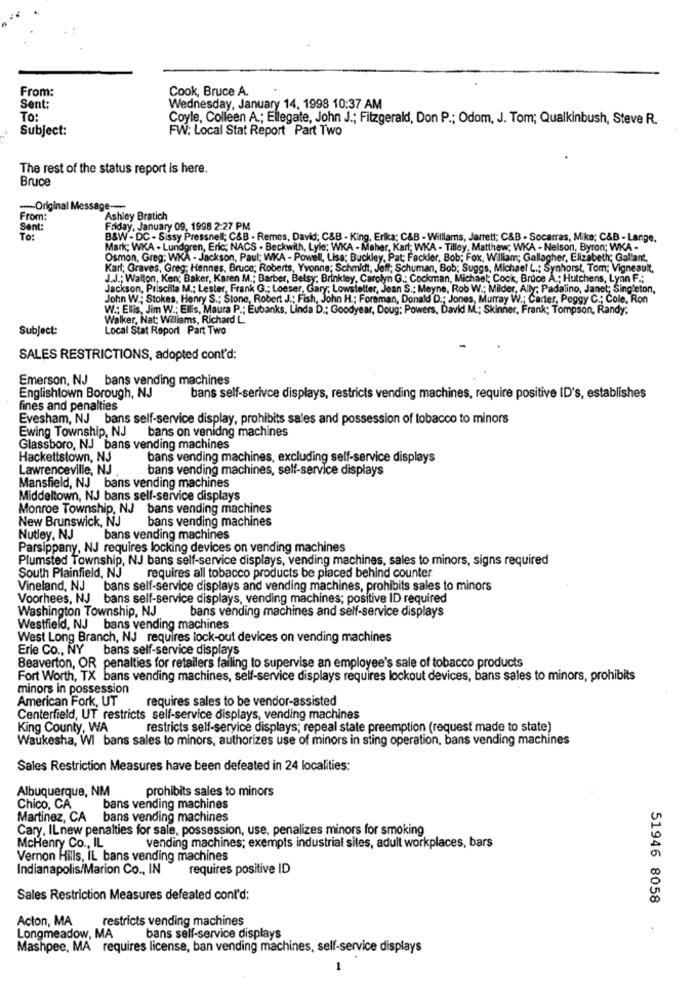
From:
Cook, Bruce A.
Sent:
Wednesday, January 14, 1998 10:37 AM
To
Coyle, Colleen A .; Ellegate, John J .; Fitzgerald, Don P .; Odom, J. Tom; Qualkinbush, Steve R.
Subject:
FW: Local Stat Report Part Two
The rest of the status report is here.
Bruce
-- Original Message ---
From:
Ashley Bratich
Sent:
Friday, January 09, 1998 2:27 PM
To:
B&W - DC - Sissy Pressnel; C&B - Remes, David; C&B . King, Erika; C&B - Williams, Jarrett; C&B - Socarras, Mike; C&B - Lange.
Mark; WKA . Lundgren, Eric; NACS - Beckwith, Lyle; WKA - Maher, Karl; WKA - Tilley, Matthew; WKA - Nelson, Byron; WKA -
Osmon, Greg: WKA - Jackson, Paul; WKA - Powell, Lisa; Buckley, Pat: Fackler, Bob; Fox, William; Gallagher, Elizabeth; Gallant,
Karl; Graves, Greg; Hennes, Bruce; Roberts, Yvonne; Schmidt, Jeff; Schuman, Bob; Suggs, Michael L .; Synhorst, Tom; Vigneault,
J.J .; Walton, Ken; Baker, Karen M .; Barber, Belsy; Brinkley, Carolyn G .: Cockman, Michael; Cook, Bruce A .; Hutchens, Lynn F .;
Jackson, Priscilla M .; Lester, Frank G .; Loeser, Gary; Lowsfelter, Jean S .; Meyne, Rob W .: Milder, Ally; Padalino, Janet; Singleton,
John W .; Stokes, Henry S .; Stone, Robert J .: Fish, John H .; Foraman, Donald D .; Jones, Murray W .; Carter, Peggy C .; Cole, Ron
W .: Ellis, Jim W .; ElEs, Maura P .; Eubanks. Linda D .; Goodyear, Doug: Powers, David M .; Skinner, Frank; Tompson, Randy.
Walker, Nat: Wiliams, Richard L
Subject:
Local Stat Report Part Two
SALES RESTRICTIONS, adopted cont'd:
Emerson, NJ bans vending machines
Englishtown Borough, NJ
bans self-serivce displays, restricts vending machines, require positive ID's, establishes
fines and penalties
Evesham, NJ bans self-service display, prohibits sales and possession of tobacco to minors
Ewing Township, NJ
bans on venidng machines
Glassboro, NJ bans vending machines
Hackettstown, NJ
bans vending machines, excluding self-service displays
Lawrenceville, NJ
bans vending machines, self-service displays
Mansfield, NJ bans vending machines
Middeltown, NJ bans self-service displays
Monroe Township, NJ bans vending machines
New Brunswick, NJ
bans vending machines
Nutley, NJ
bans vending machines
Parsippany, NJ requires locking devices on vending machines
Plumsted Township, NJ bans self-service displays, vending machines, sales to minors, signs required
South Plainfield, NJ requires all tobacco products be placed behind counter
Vineland, NJ bans self-service displays and vending machines, prohibits sales to minors
Voorhees, NJ bans self-service displays, vending machines; positive ID required
Washington Township, NJ
bans vending machines and self-service displays
Westfield, NJ bans vending machines
West Long Branch, NJ requires lock-out devices on vending machines
Erie Co ., NY
bans self-service displays
Beaverton, OR penalties for retailers failing to supervise an employee's sale of tobacco products
Fort Worth, TX bans vending machines, self-service displays requires lockout devices, bans sales to minors, prohibits
minors in possession
American Fork, UT
requires sales to be vendor-assisted
Centerfield, UT restricts self-service displays, vending machines
King County, WA
restricts self-service displays; repeal state preemption (request made to state)
Waukesha, WI bans sales to minors, authorizes use of minors in sting operation, bans vending machines
Sales Restriction Measures have been defeated in 24 localities:
Albuquerque, NM
prohibits sales to minors
Chico, CA
bans vending machines
Martinez, CA bans vending machines
Cary. ILnew penalties for sale, possession, use, penalizes minors for smoking
McHenry Co ., IL
vending machines; exempts industrial sites, adult workplaces, bars
Vernon Hills, IL bans vending machines
Indianapolis/Marion Co ., IN
requires positive ID
Sales Restriction Measures defeated cont'd:
51946 8058
Acton, MA
restricts vending machines
Longmeadow, MA
bans self-service displays
Mashpee, MA requires license, ban vending machines, self-service displays
1